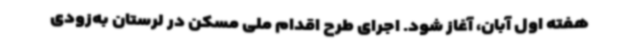
هفته اول آبان، آغاز شود. اجرای طرح اقدام ملی مسکن در لرستان به‌زودی